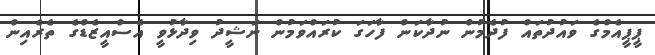
ޕީޕީއެމްގެ ވައުދުތައް ފުދެމުން ނުދާކަން ފާހަގަ ކުރައްވަަމުން ނަޝީދު ވިދާޅުވީ އެސްއީޒެޑްގެ ތެރެއިން